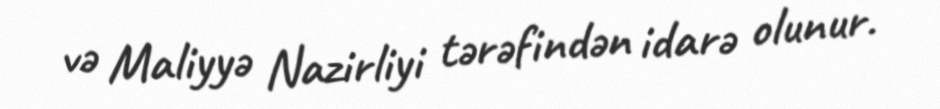
və Maliyyə Nazirliyi tərəfindən idarə olunur.